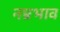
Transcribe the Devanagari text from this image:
नम्रभाव